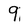
Character: 9